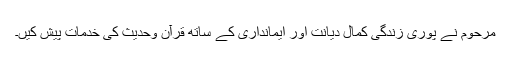
مرحوم نے پوری زندگی کمال دیانت اور ایمانداری کے ساتھ قرآن وحدیث کی خدمات پیش کیں۔